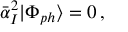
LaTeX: \bar { \alpha } _ { I } ^ { 2 } | \Phi _ { p h } \rangle = 0 \, ,